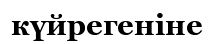
күйрегеніне